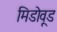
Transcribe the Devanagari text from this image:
मिडोवूड